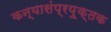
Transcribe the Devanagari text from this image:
कन्यासंप्रयु्क्तक